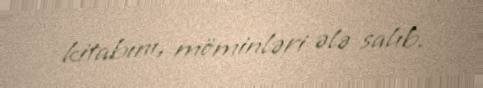
kitabını, möminləri ələ salıb.